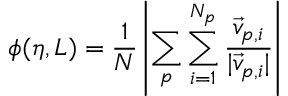
\phi ( \eta , L ) = \frac { 1 } { N } \left| \sum _ { p } \sum _ { i = 1 } ^ { N _ { p } } \frac { { \vec { v } } _ { p , i } } { | { \vec { v } } _ { p , i } | } \right|